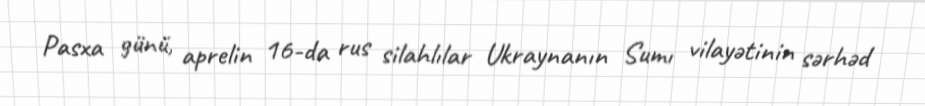
Pasxa günü, aprelin 16-da rus silahlılar Ukraynanın Sumı vilayətinin sərhəd